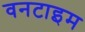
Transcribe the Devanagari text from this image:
वनटाइम